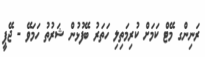
ރަނިންގ މޭޓް ކަމަށް ކުރިމަތިލި ހަތަރު ބޭފުޅުން ޝަރުތު ހަމަވޭ - ޖޭޕީ